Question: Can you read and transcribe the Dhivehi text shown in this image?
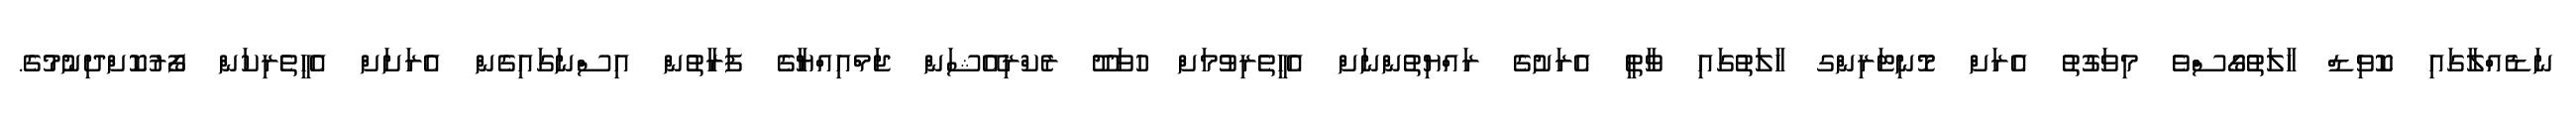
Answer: ނަޑެއްލާގައި ކޮވިޑް ހާލަތުގޯސްވެ މިވަގުތު އެރަށް މޮނިޓަރިންގ ހާލަތުގައި ވާތީ އެރަށުގެ ރައްޔިތުންނަށް އެހީތެރިވުމަށް ހުވަދޫ ރެކްރިއޭޝަން ޖަމްއިއްޔާގެ ފަރާތުން އިސްނަގައިގެން އެރަށަށް އެހީތެރިކަން ފޯރުކޮށްދިނުމުގެ.